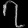
Digit: ၇